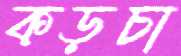
কড়চা